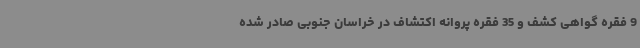
9 فقره گواهی کشف و 35 فقره پروانه اکتشاف در خراسان جنوبی صادر شده